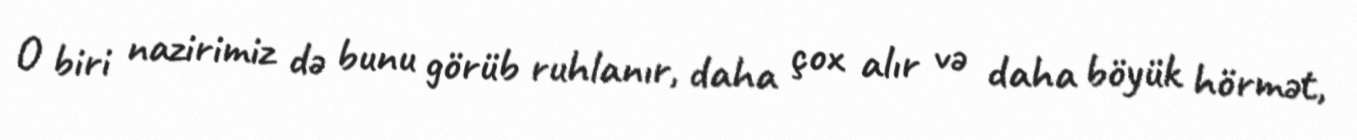
O biri nazirimiz də bunu görüb ruhlanır, daha çox alır və daha böyük hörmət,